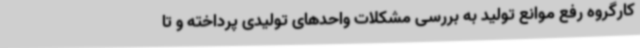
کارگروه رفع موانع تولید به بررسی مشکلات واحدهای تولیدی پرداخته و تا